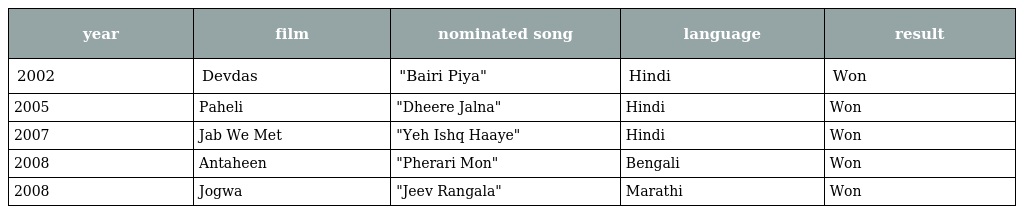
| year | film | nominated song | language | result |
 | --- | --- | --- | --- | --- |
 | 2002 | Devdas | "Bairi Piya" | Hindi | Won |
 | 2005 | Paheli | "Dheere Jalna" | Hindi | Won |
 | 2007 | Jab We Met | "Yeh Ishq Haaye" | Hindi | Won |
 | 2008 | Antaheen | "Pherari Mon" | Bengali | Won |
 | 2008 | Jogwa | "Jeev Rangala" | Marathi | Won |